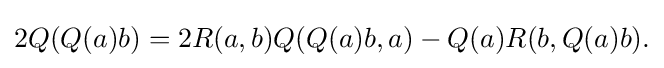
\displaystyle {2Q(Q(a)b)=2R(a,b)Q(Q(a)b,a)-Q(a)R(b,Q(a)b).}